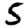
Digit: 5